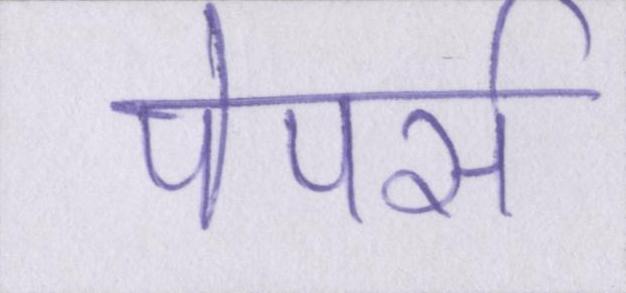
पेपर्स